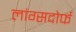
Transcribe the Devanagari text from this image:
लांग्सदोर्फ